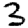
Digit: 3